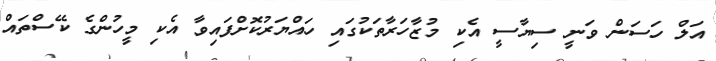
އަލް ހަސަން ވަނީ ސިޔާސީ އެކި މުޒާހަރާތަކުގައި ހައްޔަރުކޮށްފައިވާ އެކި މީހުންގެ ކޭސްތައް